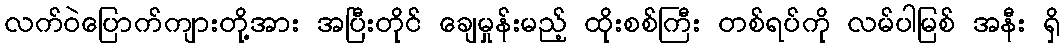
လက်ဝဲပြောက်ကျားတို့အား အပြီးတိုင် ချေမှုန်းမည့် ထိုးစစ်ကြီး တစ်ရပ်ကို လမ်ပါမြစ် အနီး ရှိ